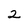
Character: 2